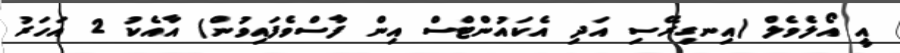
އީ އޯލެވެލް (އިނގިރޭސި އަދި އެކައުންޓްސް އިން ފާސްވެފައިވުން) އާއެކު 2 އަހަރު